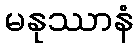
မနုဿာနံ